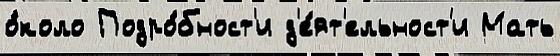
о́коло Подро́бност'и д'е́ят'ельност'и Мать